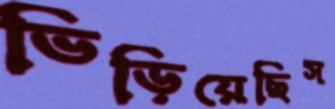
ভিড়িয়েছিস